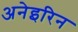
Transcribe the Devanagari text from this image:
अनेइरिन